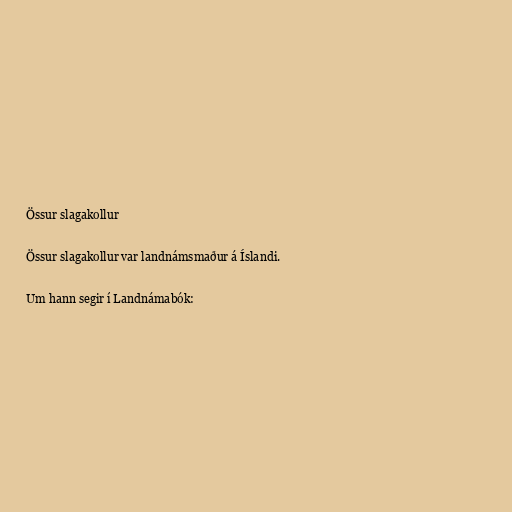
Össur slagakollur

Össur slagakollur var landnámsmaður á Íslandi.

Um hann segir í Landnámabók: